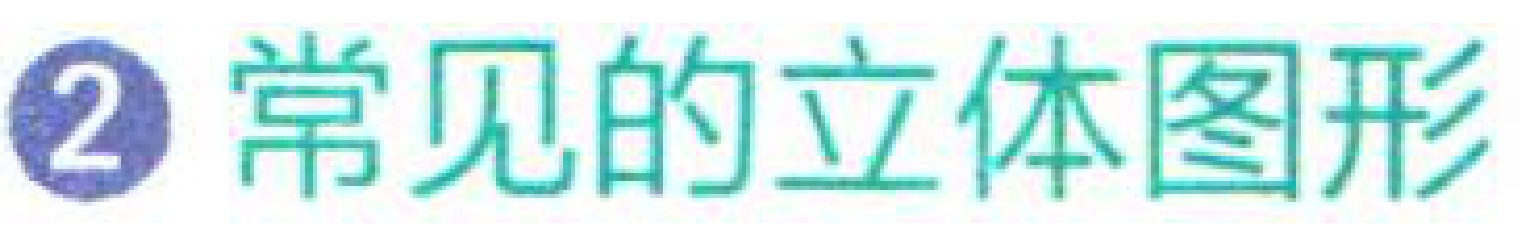
\textcircled{2} 常见的立体图形